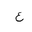
Letter: _ayn